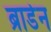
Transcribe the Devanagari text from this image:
ब्राडेन